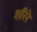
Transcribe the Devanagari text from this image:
शरिरे